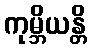
ကုမ္ဘိယန္တိ